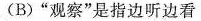
(B)”观察”是指边听边看